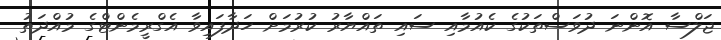
ޖަލްސާ އޮންނަ ދުވަސްތަކުގެ ކެއުމާއި ސައި ތައްޔާރު ކުރުމަށް ހަދާފައިވާ އެގްރީމެންޓްގެ މުއްދަތު